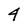
Character: 4